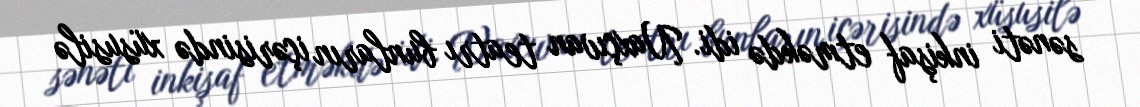
sənəti inkişaf etməkdə idi. Naxçıvan teatrı bunların içərisində xüsusilə